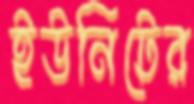
ইউনিটের